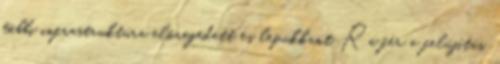
többi infrastruktúra elöregedett és lepukkant. Rá fér a felújítás.